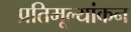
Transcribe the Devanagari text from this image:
प्रतिमूल्यांकन